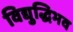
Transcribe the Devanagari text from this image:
विद्युद्धिभव